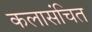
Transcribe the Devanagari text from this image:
कलासंचित